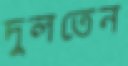
দুলতেন